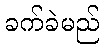
ခက်ခဲမည်